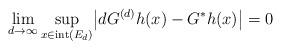
LaTeX: \begin{align*}\lim_{d\to\infty} \sup_{x \in\mathrm{int}(E_d)} \bigl|d G^{(d)} h(x)- G^* h(x) \bigr| = 0\end{align*}